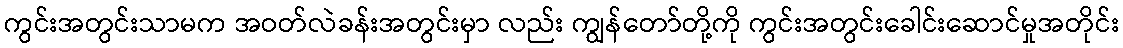
ကွင်းအတွင်းသာမက အဝတ်လဲခန်းအတွင်းမှာ လည်း ကျွန်တော်တို့ကို ကွင်းအတွင်းခေါင်းဆောင်မှုအတိုင်း